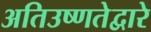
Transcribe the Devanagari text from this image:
अतिउष्णतेद्वारे